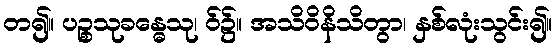
တ၍။ ပဉ္စသုခန္ဓေသု၊ ဝ်၌။ အသိဝိနိသိတွာ၊ နှစ်လုံးသွင်း၍။